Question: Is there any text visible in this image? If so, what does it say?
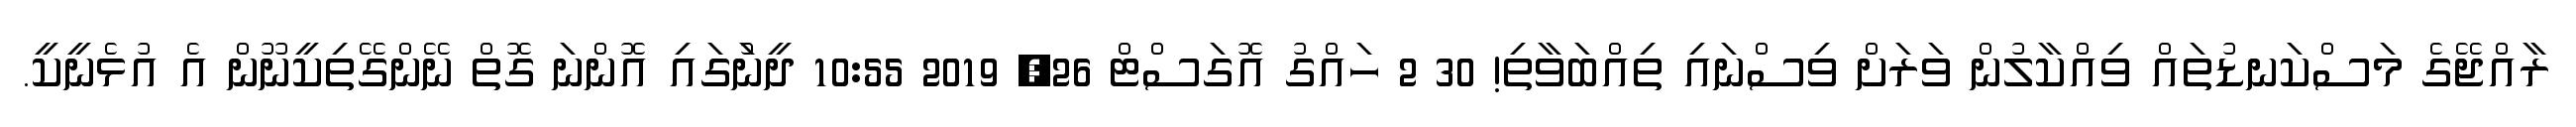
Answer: ރާއްޖޭގެ މަސްކަނޑުތައް ވިއްކާލުން ވަރަށް ވިސްނައި ތިއްބަވާތި! 30 2 ހައްގު އޮގަސްޓް 26, 2019 10:55 ދީނުަގައި އޮންނަ ގޮތް ނޭންގޭތިކީނޫން އެ އުޅެނީކީ.